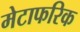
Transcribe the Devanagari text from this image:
मेटाफरिक